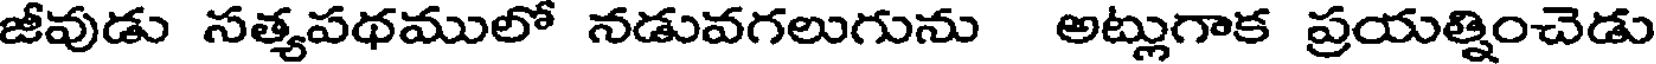
జీవుడు సత్యపథములో నడువగలుగును అట్లుగాక ప్రయత్నించెడు